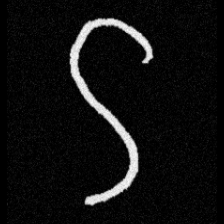
Pyu character \u2014 Myanmar letter: ဌ (romanized: ttha)